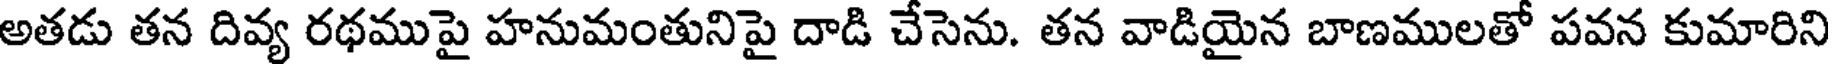
అతడు తన దివ్య రథముపై హనుమంతునిపై దాడి చేసెను. తన వాడియైన బాణములతో పవన కుమారిని